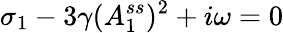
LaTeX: \sigma_{1}-3\gamma(A_{1}^{ss})^{2}+i\omega=0